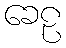
ခေဠ